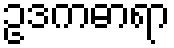
ဥဒကဓာရာ